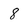
Character: 8